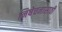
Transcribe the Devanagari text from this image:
निषेचनासाठी